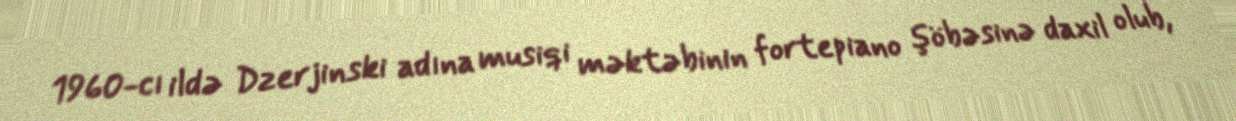
1960-cı ildə Dzerjinski adına musiqi məktəbinin fortepiano şöbəsinə daxil olub,